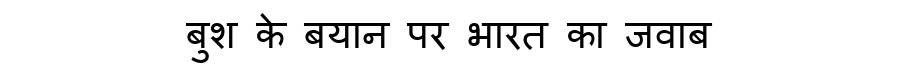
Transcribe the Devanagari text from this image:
बुश के बयान पर भारत का जवाब